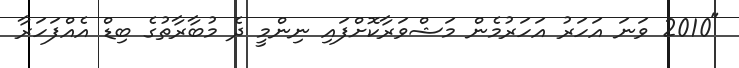
"2010 ވަނަ އަހަރު އަހަރުމެން މަޝްވަރާކޮށްފައި ނިންމީ ދެ މުބާރާތުގެ ބިޑް އެއްފަހަރާ